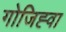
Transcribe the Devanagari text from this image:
गोजिह्वा